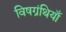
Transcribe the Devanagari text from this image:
विषग्रंथियाँ